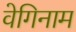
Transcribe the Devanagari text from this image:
वेगिनाम